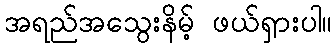
အရည်အသွေးနိမ့် ဖယ်ရှားပါ။